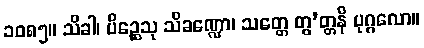
၁၀၈၅။ သိခါ၊ ပိဉ္ဆေသု သိခဏ္ဍော၊ သတ္တေ တွ’တ္တနိ ပုဂ္ဂလော။